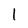
Character: 1